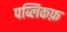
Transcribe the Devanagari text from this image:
पब्लिकफ़